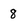
Character: 8